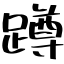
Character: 蹲